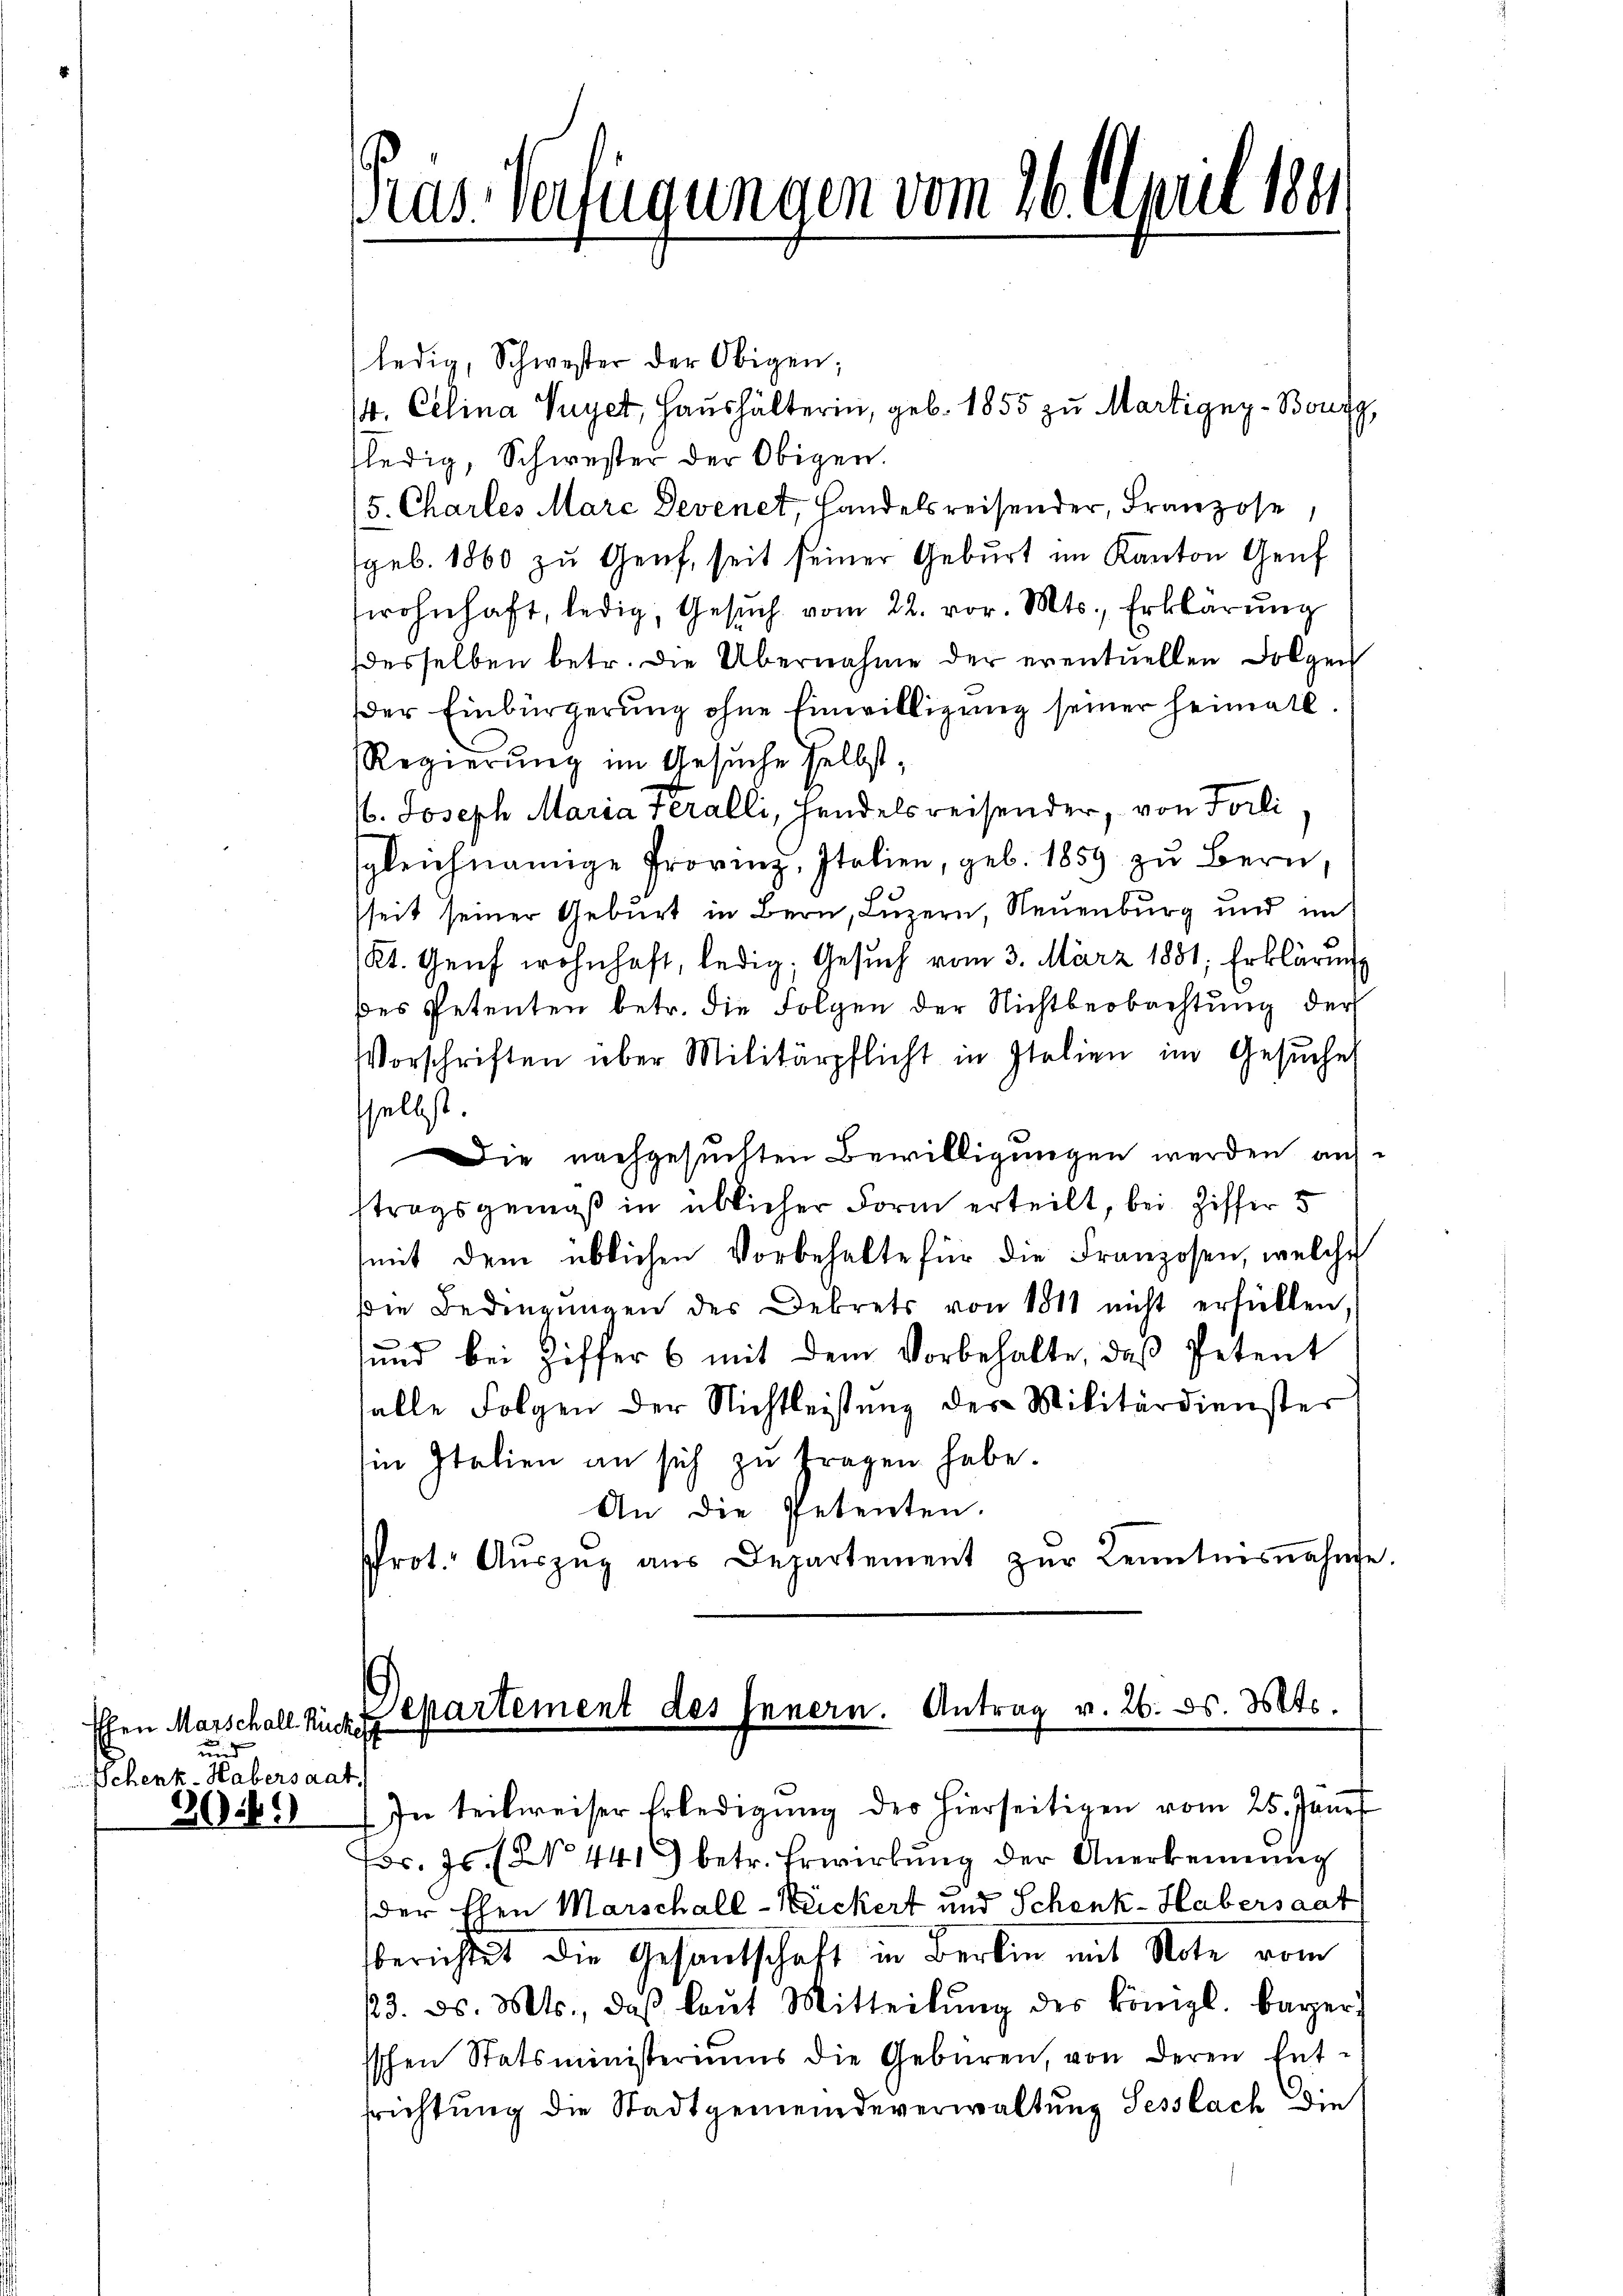
Ehen Marschall Rücks
und
Schenk-Habersaat
309

ledig, Schwester der Obigen;
/4. Celina Puyet, Haushälterin, geb. 1855 zu Martigny-Bonig,
ledig, Schwester der Obigen.
/5. Charles Marc Devenet, Handelsreisender, Franzose,
geb. 1860 zŭ Genf, seit seiner Geburt im Kanton Genf
wohnhaft, ledig, Gesuch vom 22. vor. Mts., Erklärung
desselben betr. die Übernahme der eventuellen Folgen
der Einbürgerung ohne Einwilligung seiner Heimatl
Regierung im Gesuche selbst.
/. Joseph Maria Feralli, Handelsreisender, von Forli
sgleichnamige Proving, Italien, geb. 1859 zu Bern
seit seiner Geburt in Bern, Luzern, Neuenburg und im
Kt. Genf wohnhaft, ledig, Gesŭch vom 3. März 1851; Erklärung
des Petenten betr. die Folgen der Nichtbeobachtung der
Vorschriften über Militärpflicht in Italien im Gesŭches
selbst.
Die nachgesuchten Bewilligungen werden auftragsgemäß in üblicher Form erteilt, bei Ziffer 5
mit dem üblichen Vorbehalte für die Franzosen, welche
Die Bedingŭngen des Dekrets von 1811 nicht erfüllen,
und bei Ziffer 6 mit dem Vorbehalte, daβ Petent
alle Folgen der Nichtleistung des Militärdienster
Ein Italien an sich zu fragen habe.
An die Petenten.
Prot. Aŭszŭg aŭs Departement zŭr Kenntnisnahme

Pras Verfügungen vom 26. April 1891

Departement des Innern. Antrag v. 26. ds. Mts.

In teilweiser Erledigung der hierseitigen vom 25. Janis
r. Js. (No 441. betr. Erwirkung der Anerkennung
der Ehen Marschall-Neckert und Schenk-Habersaat
berichtet die Gesandtschaft in Berlin mit Note vom
23. ds. Mts., daβ laŭt Mitteilŭng des königl. bayer
sschen Statsministeriums die Gebären, von deren Ent-
srichtung die Stadtgemeindeverwaltung Sesslach die